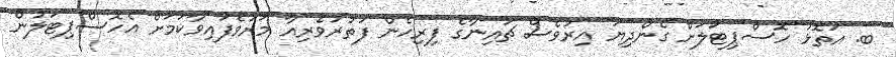
ބ. އަތޮޅު ހޮސްޕިޓަލަށް ގެންދިޔަ އިރުވެސް ޗައިނާގެ ފިރިހެން ފަތުރުވެރިއާ މަރުވެފައިވާކަމަށް އެހޮސްޕިޓަލުން